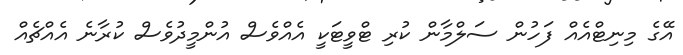
އޭގެ މިނިޓްއެއް ފަހުން ސަލްމާން ކުރި ޓްވީޓަކީ އެއްވެސް އުންމީދުވެސް ކުރާނެ އެއްޗެއް